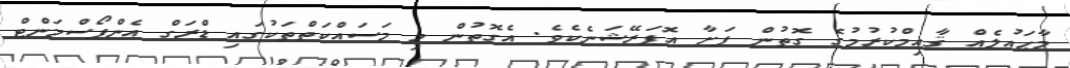
މާޙައުލެއް ޤާއިމްކުރުމުގެ ގޮތުން ފަށާ އޮޕަރޭޝަނެކެވެ. އެގޮތުން މި މަސައްކަތްތަކުގައި ޑްރަގް އެންފޯސްމަންޓް